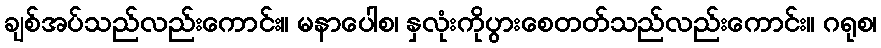
ချစ်အပ်သည်လည်းကောင်း။ မနာပေါစ၊ နှလုံးကိုပွားစေတတ်သည်လည်းကောင်း။ ဂရုစ၊